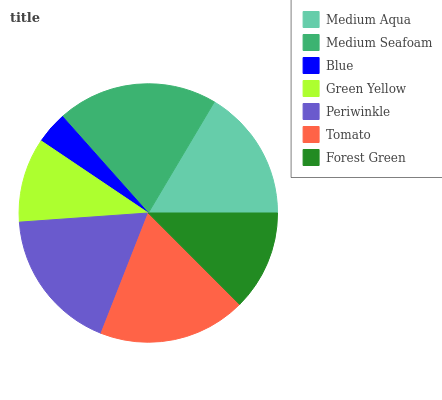
| Medium Aqua | Medium Seafoam | Blue | Green Yellow | Periwinkle | Tomato | Forest Green |
 | --- | --- | --- | --- | --- | --- | --- |
 | 16.4% | 20.1% | 4.01% | 10.6% | 18% | 18.5% | 12.5% |